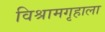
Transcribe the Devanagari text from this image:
विश्रामगृहाला